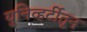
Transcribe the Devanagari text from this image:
युनिव्हर्टीतून